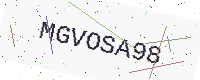
Text: MGVOSA98